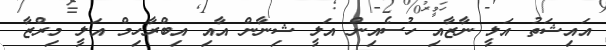
އައިޝަތު އަލީ ނާޒާއި ހުސެއިން އަލީ ޝިނާން އާއި އިބްރާހިމް އަލީ މިރްޒާ